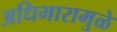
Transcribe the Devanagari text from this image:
अधिभारामुळे